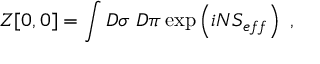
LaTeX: Z [ 0 , 0 ] = \int D \sigma \ D \pi \exp \left( i N S _ { e f f } \right) \ ,